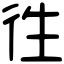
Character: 徃